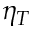
\eta _ { T }